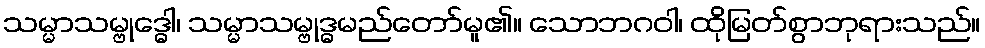
သမ္မာသမ္ဗုဒ္ဓေါ၊ သမ္မာသမ္ဗုဒ္ဓမည်တော်မူ၏။ သောဘဂဝါ၊ ထိုမြတ်စွာဘုရားသည်။